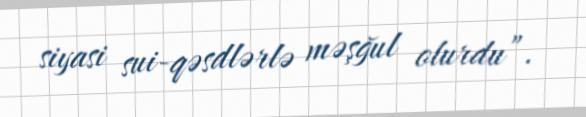
siyasi sui-qəsdlərlə məşğul olurdu”.